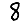
Digit: 8